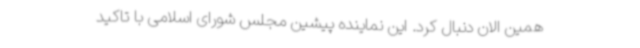
همین الان دنبال کرد. این نماینده پیشین مجلس شورای اسلامی با تاکید